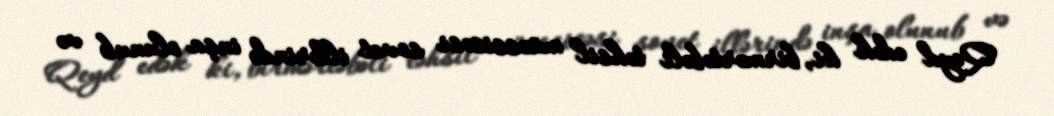
Qeyd edək ki, birmərtəbəli təhsil müəssisəsi sovet illərində inşa olunub və